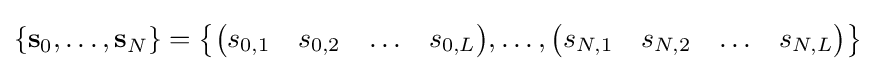
\{\mathbf {s} _{0},\dots ,\mathbf {s} _{N}\}={\bigl \{}{\begin{pmatrix}s_{0,1}&s_{0,2}&\ldots &s_{0,L}\end{pmatrix}},\dots ,{\begin{pmatrix}s_{N,1}&s_{N,2}&\ldots &s_{N,L}\end{pmatrix}}{\bigr \}}